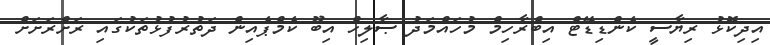
އިދިކޮޅު ރިޔާސީ ކެންޑިޑޭޓް އިބްރާހިމް މުހައްމަދު ޞާލިހް އިބޫ ކެމްޕެއިން ދަތުރުފުޅުތަކުގައި ރަށްރަށަށް